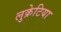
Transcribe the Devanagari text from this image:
लुक्रेटिया